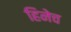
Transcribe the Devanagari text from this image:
हिनेच